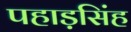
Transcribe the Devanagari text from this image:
पहाड़सिंह